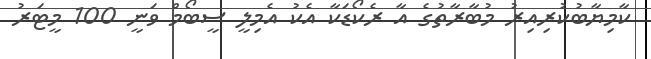
ކާމިޔާބުކުރިއިރު މުބާރާތުގެ އާ ރެކޯޑަކާ އެކު އެމިލީ ސީބޯމް ވަނީ 100 މީޓަރު